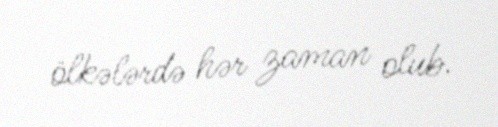
ölkələrdə hər zaman olub.